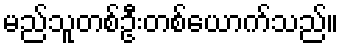
မည်သူတစ်ဦးတစ်ယောက်သည်။